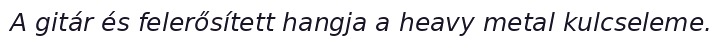
A gitár és felerősített hangja a heavy metal kulcseleme.